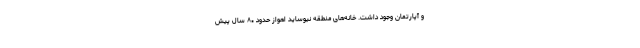
و آپارتمان وجود داشت. خانه‌های منطقه نیوساید اهواز حدود ۸۰ سال پیش